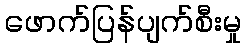
ဖောက်ပြန်ပျက်စီးမှု